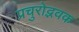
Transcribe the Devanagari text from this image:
प्रचुरोद्भवक